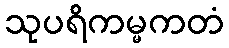
သုပရိကမ္မကတံ